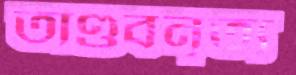
তাণ্ডবনৃত্য